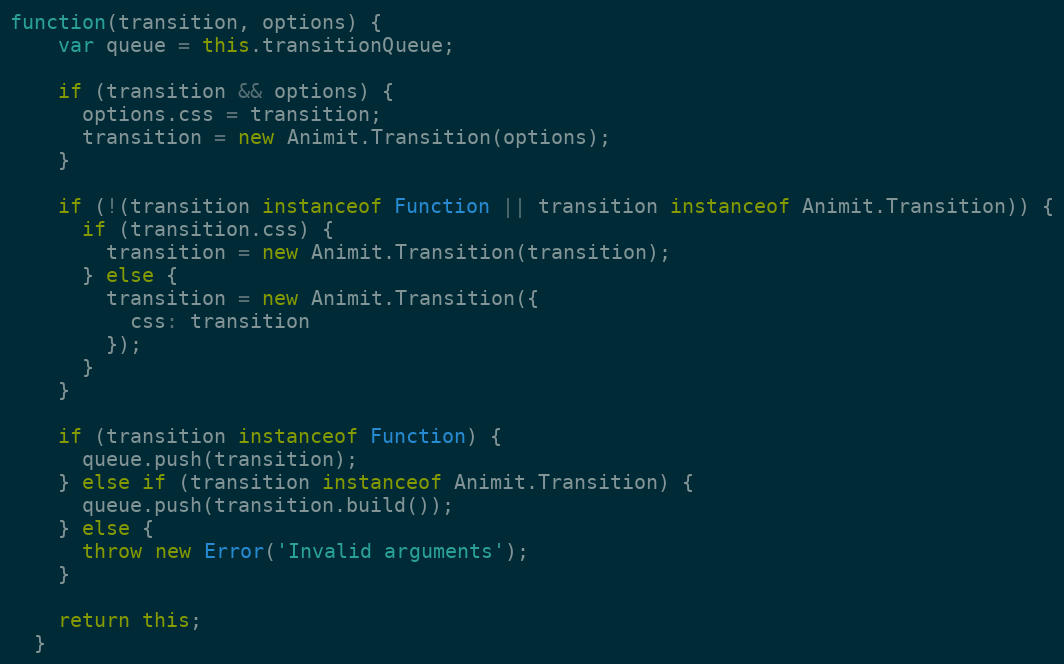
Language: JavaScript
function(transition, options) {
    var queue = this.transitionQueue;

    if (transition && options) {
      options.css = transition;
      transition = new Animit.Transition(options);
    }

    if (!(transition instanceof Function || transition instanceof Animit.Transition)) {
      if (transition.css) {
        transition = new Animit.Transition(transition);
      } else {
        transition = new Animit.Transition({
          css: transition
        });
      }
    }

    if (transition instanceof Function) {
      queue.push(transition);
    } else if (transition instanceof Animit.Transition) {
      queue.push(transition.build());
    } else {
      throw new Error('Invalid arguments');
    }

    return this;
  }